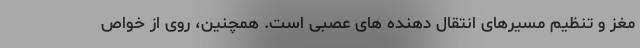
مغز و تنظیم مسیرهای انتقال دهنده های عصبی است. همچنین، روی از خواص